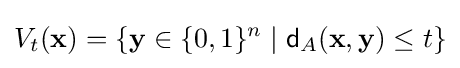
V_{t}(\mathbf {x} )=\{\mathbf {y} \in \{0,1\}^{n}\mid {\mathsf {d}}_{A}(\mathbf {x} ,\mathbf {y} )\leq t\}